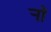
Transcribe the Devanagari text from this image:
र्‍ाॉ